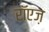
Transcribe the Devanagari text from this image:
रॉएज़